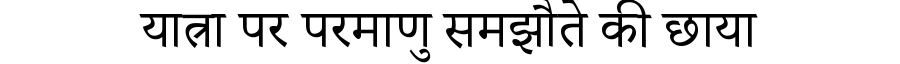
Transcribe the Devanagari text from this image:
यात्रा पर परमाणु समझौते की छाया